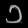
Digit: ၁